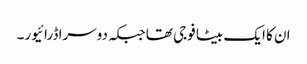
ان کا ایک بیٹا فوجی تھا جبکہ دوسرا ڈرائیور۔